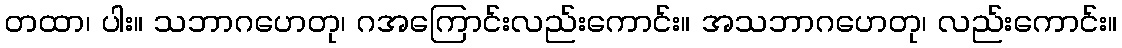
တထာ၊ ပါး။ သဘာဂဟေတု၊ ဂအကြောင်းလည်းကောင်း။ အသဘာဂဟေတု၊ လည်းကောင်း။